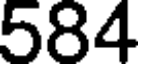
584